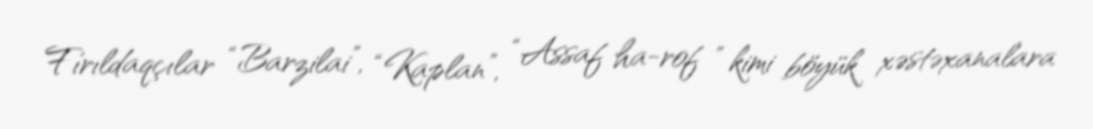
Fırıldaqçılar “Barzilai”, “Kaplan”, “Assaf ha-rof ” kimi böyük xəstəxanalara